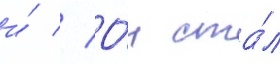
и́ // О́н ста́л